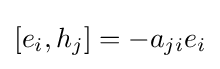
[e_{i},h_{j}]=-a_{ji}e_{i}